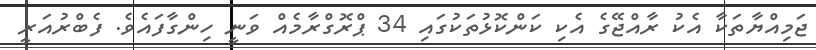
ޖަމިއްޔާތަކާ އެކު ރާއްޖޭގެ އެކި ކަންކޮޅުތަކުގައި 34 ޕްރޮގްރާމެއް ވަނީ ހިންގާފައެވެ. ފެބްރުއަރީ